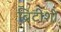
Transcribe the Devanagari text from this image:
ब्रिटीशों